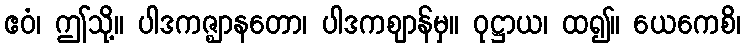
ဧဝံ၊ ဤသို့။ ပါဒကဇ္ဈာနတော၊ ပါဒကဈာန်မှ။ ဝုဋ္ဌာယ၊ ထ၍။ ယေကေစိ၊